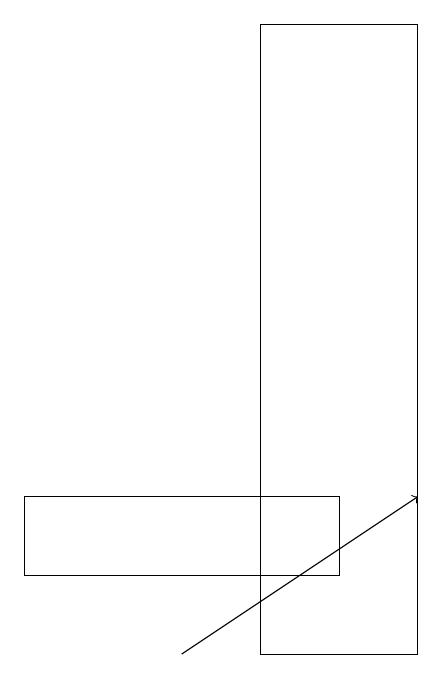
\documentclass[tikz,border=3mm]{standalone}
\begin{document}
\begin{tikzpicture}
\draw[->] (2,11) -- (5,13);
\draw (3,19) rectangle (5,11);
\draw (4,12) rectangle (0,13);
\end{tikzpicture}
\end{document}